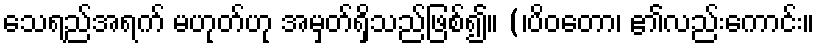
သေရည်အရက် မဟုတ်ဟု အမှတ်ရှိသည်ဖြစ်၍။ (၊ပိဝတော၊ ၏လည်းကောင်း။